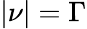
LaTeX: \vert\nu\vert=\Gamma